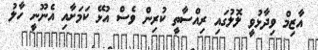
އާޒިމް ވިދާޅުވީ ލޮލުގައި ރިއްސާތީ ކުރިން ވެސް އުޅޭ ކަމަށާއި އެނޫނީ ހާލު